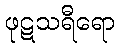
ဖုဋသရီရော